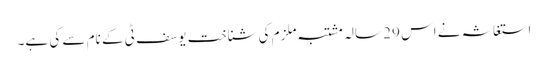
استغاثہ نے اس 29 سالہ مشتبہ ملزم کی شناخت یوسف ٹی کے نام سے کی ہے۔